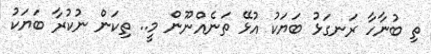
ތި ބުނާހާ ރަނގަޅު ބަޔަކު އުޅޭ ތަނެއްނޫން މީ.. ތިކަން ނުކުރާ ބަޔަކު